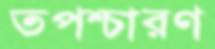
তপশ্চারণ